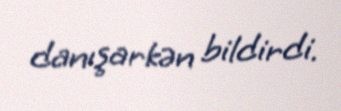
danışarkən bildirdi.